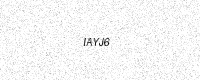
Text: IAYJ6